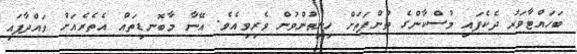
ބަހައްޓާވަރު ދެކެފައި މުސްކާންގެ ތުންފަތަށް ހިނިތުންވުން ވެރިވިއެވެ. އޭނާ މާބޮނޑިތައް އެތެރެއަށް ވައްދާފައި